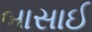
બાસાઈ